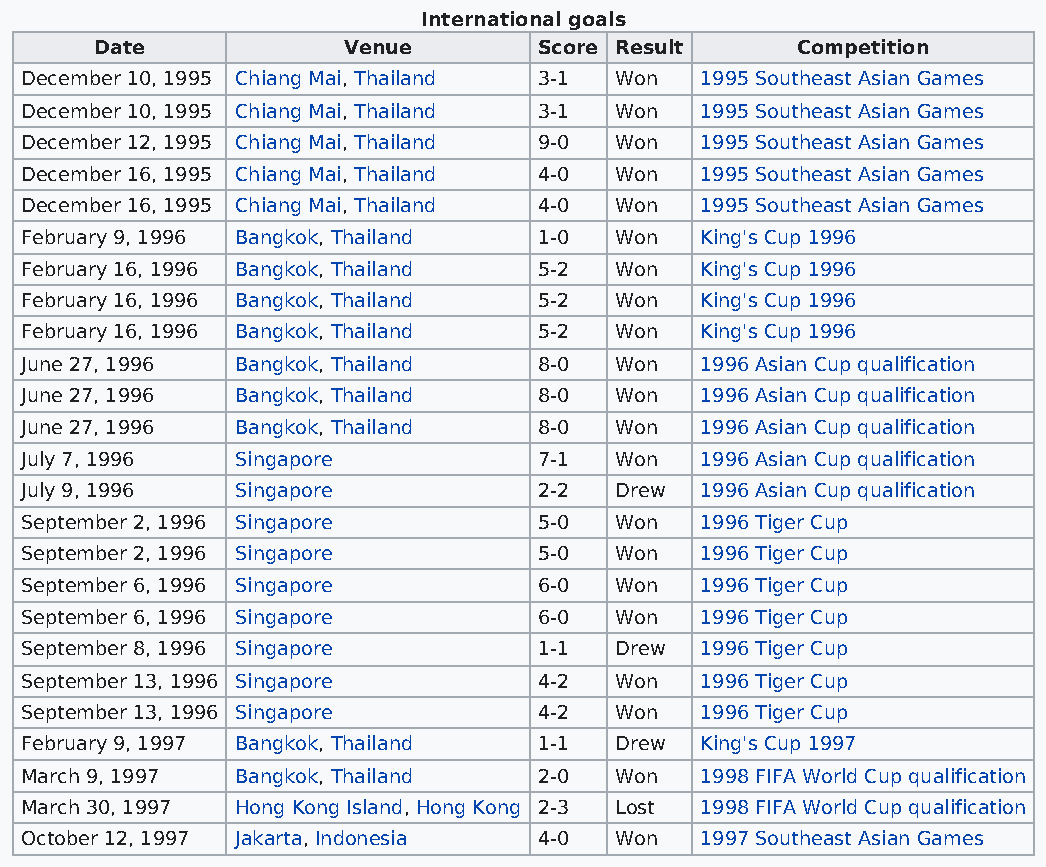
International goals
 Date             Venue        Score Result     Competition
 December 10, 1995 Chiang Mai, Thailand 3-1 Won 1995 Southeast Asian Games
 December 10, 1995 Chiang Mai, Thailand 3-1 Won 1995 Southeast Asian Games
 December 12, 1995 Chiang Mai, Thailand 9-0 Won 1995 Southeast Asian Games
 December 16, 1995 Chiang Mai, Thailand 4-0 Won 1995 Southeast Asian Games
 December 16, 1995 Chiang Mai, Thailand 4-0 Won 1995 Southeast Asian Games
 February 9, 1996 Bangkok, Thailand 1-0  Won  King's Cup 1996
 February 16, 1996 Bangkok, Thailand 5-2 Won  King's Cup 1996
 February 16, 1996 Bangkok, Thailand 5-2 Won  King's Cup 1996
 February 16, 1996 Bangkok, Thailand 5-2 Won  King's Cup 1996
 June 27, 1996  Bangkok, Thailand   8-0  Won  1996 Asian Cup qualification
 June 27, 1996  Bangkok, Thailand   8-0  Won  1996 Asian Cup qualification
 June 27, 1996  Bangkok, Thailand   8-0  Won  1996 Asian Cup qualification
 July 7, 1996   Singapore           7-1  Won  1996 Asian Cup qualification
 July 9, 1996   Singapore           2-2  Drew 1996 Asian Cup qualification
 September 2, 1996 Singapore        5-0  Won  1996 Tiger Cup
 September 2, 1996 Singapore        5-0  Won  1996 Tiger Cup
 September 6, 1996 Singapore        6-0  Won  1996 Tiger Cup
 September 6, 1996 Singapore        6-0  Won  1996 Tiger Cup
 September 8, 1996 Singapore        1-1  Drew 1996 Tiger Cup
 September 13, 1996 Singapore       4-2  Won  1996 Tiger Cup
 September 13, 1996 Singapore       4-2  Won  1996 Tiger Cup
 February 9, 1997 Bangkok, Thailand 1-1  Drew King's Cup 1997
 March 9, 1997  Bangkok, Thailand   2-0  Won  1998 FIFA World Cup qualification
 March 30, 1997 Hong Kong Island, Hong Kong 2-3 Lost 1998 FIFA World Cup qualification
 October 12, 1997 Jakarta, Indonesia 4-0 Won  1997 Southeast Asian Games